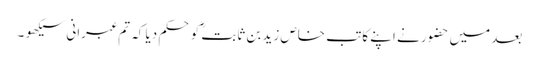
بعد میں حضور نے اپنے کاتبِ خاص زید بن ثابتؓ کو حکم دیا کہ تم عبرانی سیکھو ۔